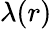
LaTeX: \lambda(r)